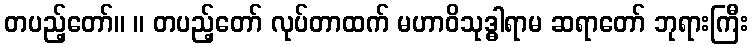
တပည့်တော်။ ။ တပည့်တော် လုပ်တာထက် မဟာဝိသုဒ္ဓါရာမ ဆရာတော် ဘုရားကြီး